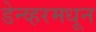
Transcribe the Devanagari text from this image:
डेन्व्हरमधून